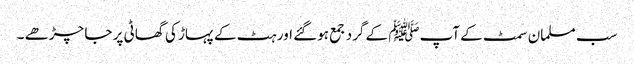
سب مسلمان سمٹ کے آپﷺ کے گرد جمع ہوگئے اور ہٹ کے پہاڑ کی گھاٹی پر جا چڑھے ۔